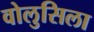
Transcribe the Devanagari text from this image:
वोलुसिला